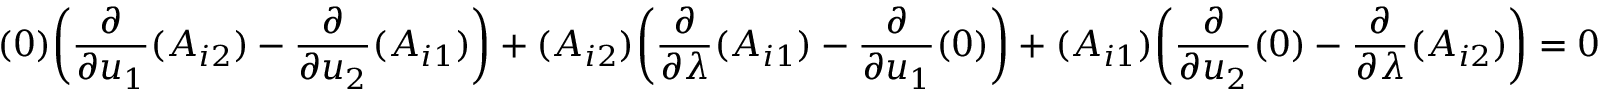
( 0 ) { \bigg ( } { \frac { \partial } { \partial u _ { 1 } } } ( A _ { i 2 } ) - { \frac { \partial } { \partial u _ { 2 } } } ( A _ { i 1 } ) { \bigg ) } + ( A _ { i 2 } ) { \bigg ( } { \frac { \partial } { \partial \lambda } } ( A _ { i 1 } ) - { \frac { \partial } { \partial u _ { 1 } } } ( 0 ) { \bigg ) } + ( A _ { i 1 } ) { \bigg ( } { \frac { \partial } { \partial u _ { 2 } } } ( 0 ) - { \frac { \partial } { \partial \lambda } } ( A _ { i 2 } ) { \bigg ) } = 0